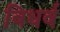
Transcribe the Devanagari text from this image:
विधर्व